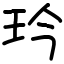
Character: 玪